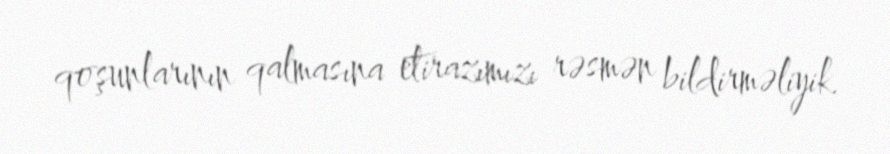
qoşunlarının qalmasına etirazımızı rəsmən bildirməliyik.